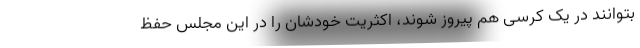
بتوانند در یک کرسی هم پیروز شوند، اکثریت خودشان را در این مجلس حفظ